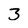
Character: 3